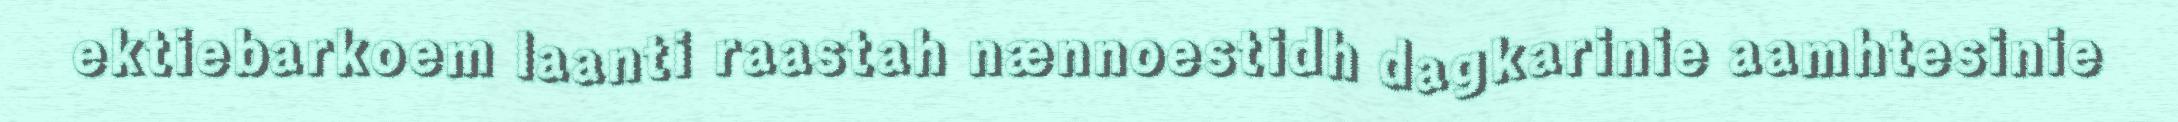
ektiebarkoem laanti raastah nænnoestidh dagkarinie aamhtesinie